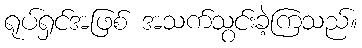
ရုပ်ရှင်အဖြစ် အသက်သွင်းခဲ့ကြသည်။